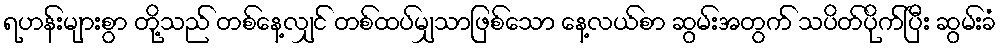
ရဟန်းများစွာ တို့သည် တစ်နေ့လျှင် တစ်ထပ်မျှသာဖြစ်သော နေ့လယ်စာ ဆွမ်းအတွက် သပိတ်ပိုက်ပြီး ဆွမ်းခံ